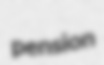
pension